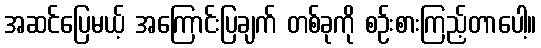
အဆင်ပြေမယ့် အကြောင်းပြချက် တစ်ခုကို စဉ်းစားကြည့်တာပေါ့။